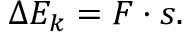
\Delta E _ { k } = F \cdot s .